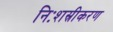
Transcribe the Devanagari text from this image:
निःशस्रीकरण